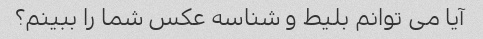
آیا می توانم بلیط و شناسه عکس شما را ببینم؟